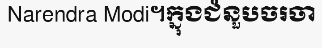
Narendra Modi។ក្នុងជំនួបចរចា